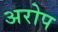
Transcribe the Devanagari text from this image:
अरोप